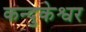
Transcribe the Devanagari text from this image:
कन्दुकेश्वर